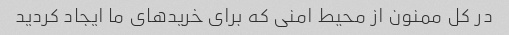
در کل ممنون از محیط امنی که برای خریدهای ما ایجاد کردید